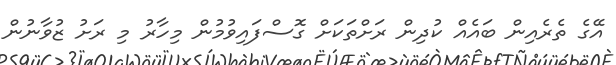
އޭގެ ތެރެއިން ބައެއް ކުދިން ރަށްތަކަށް ގޮސްފައިވުމުން މިހާރު މި ރަށު ޒުވާނުން